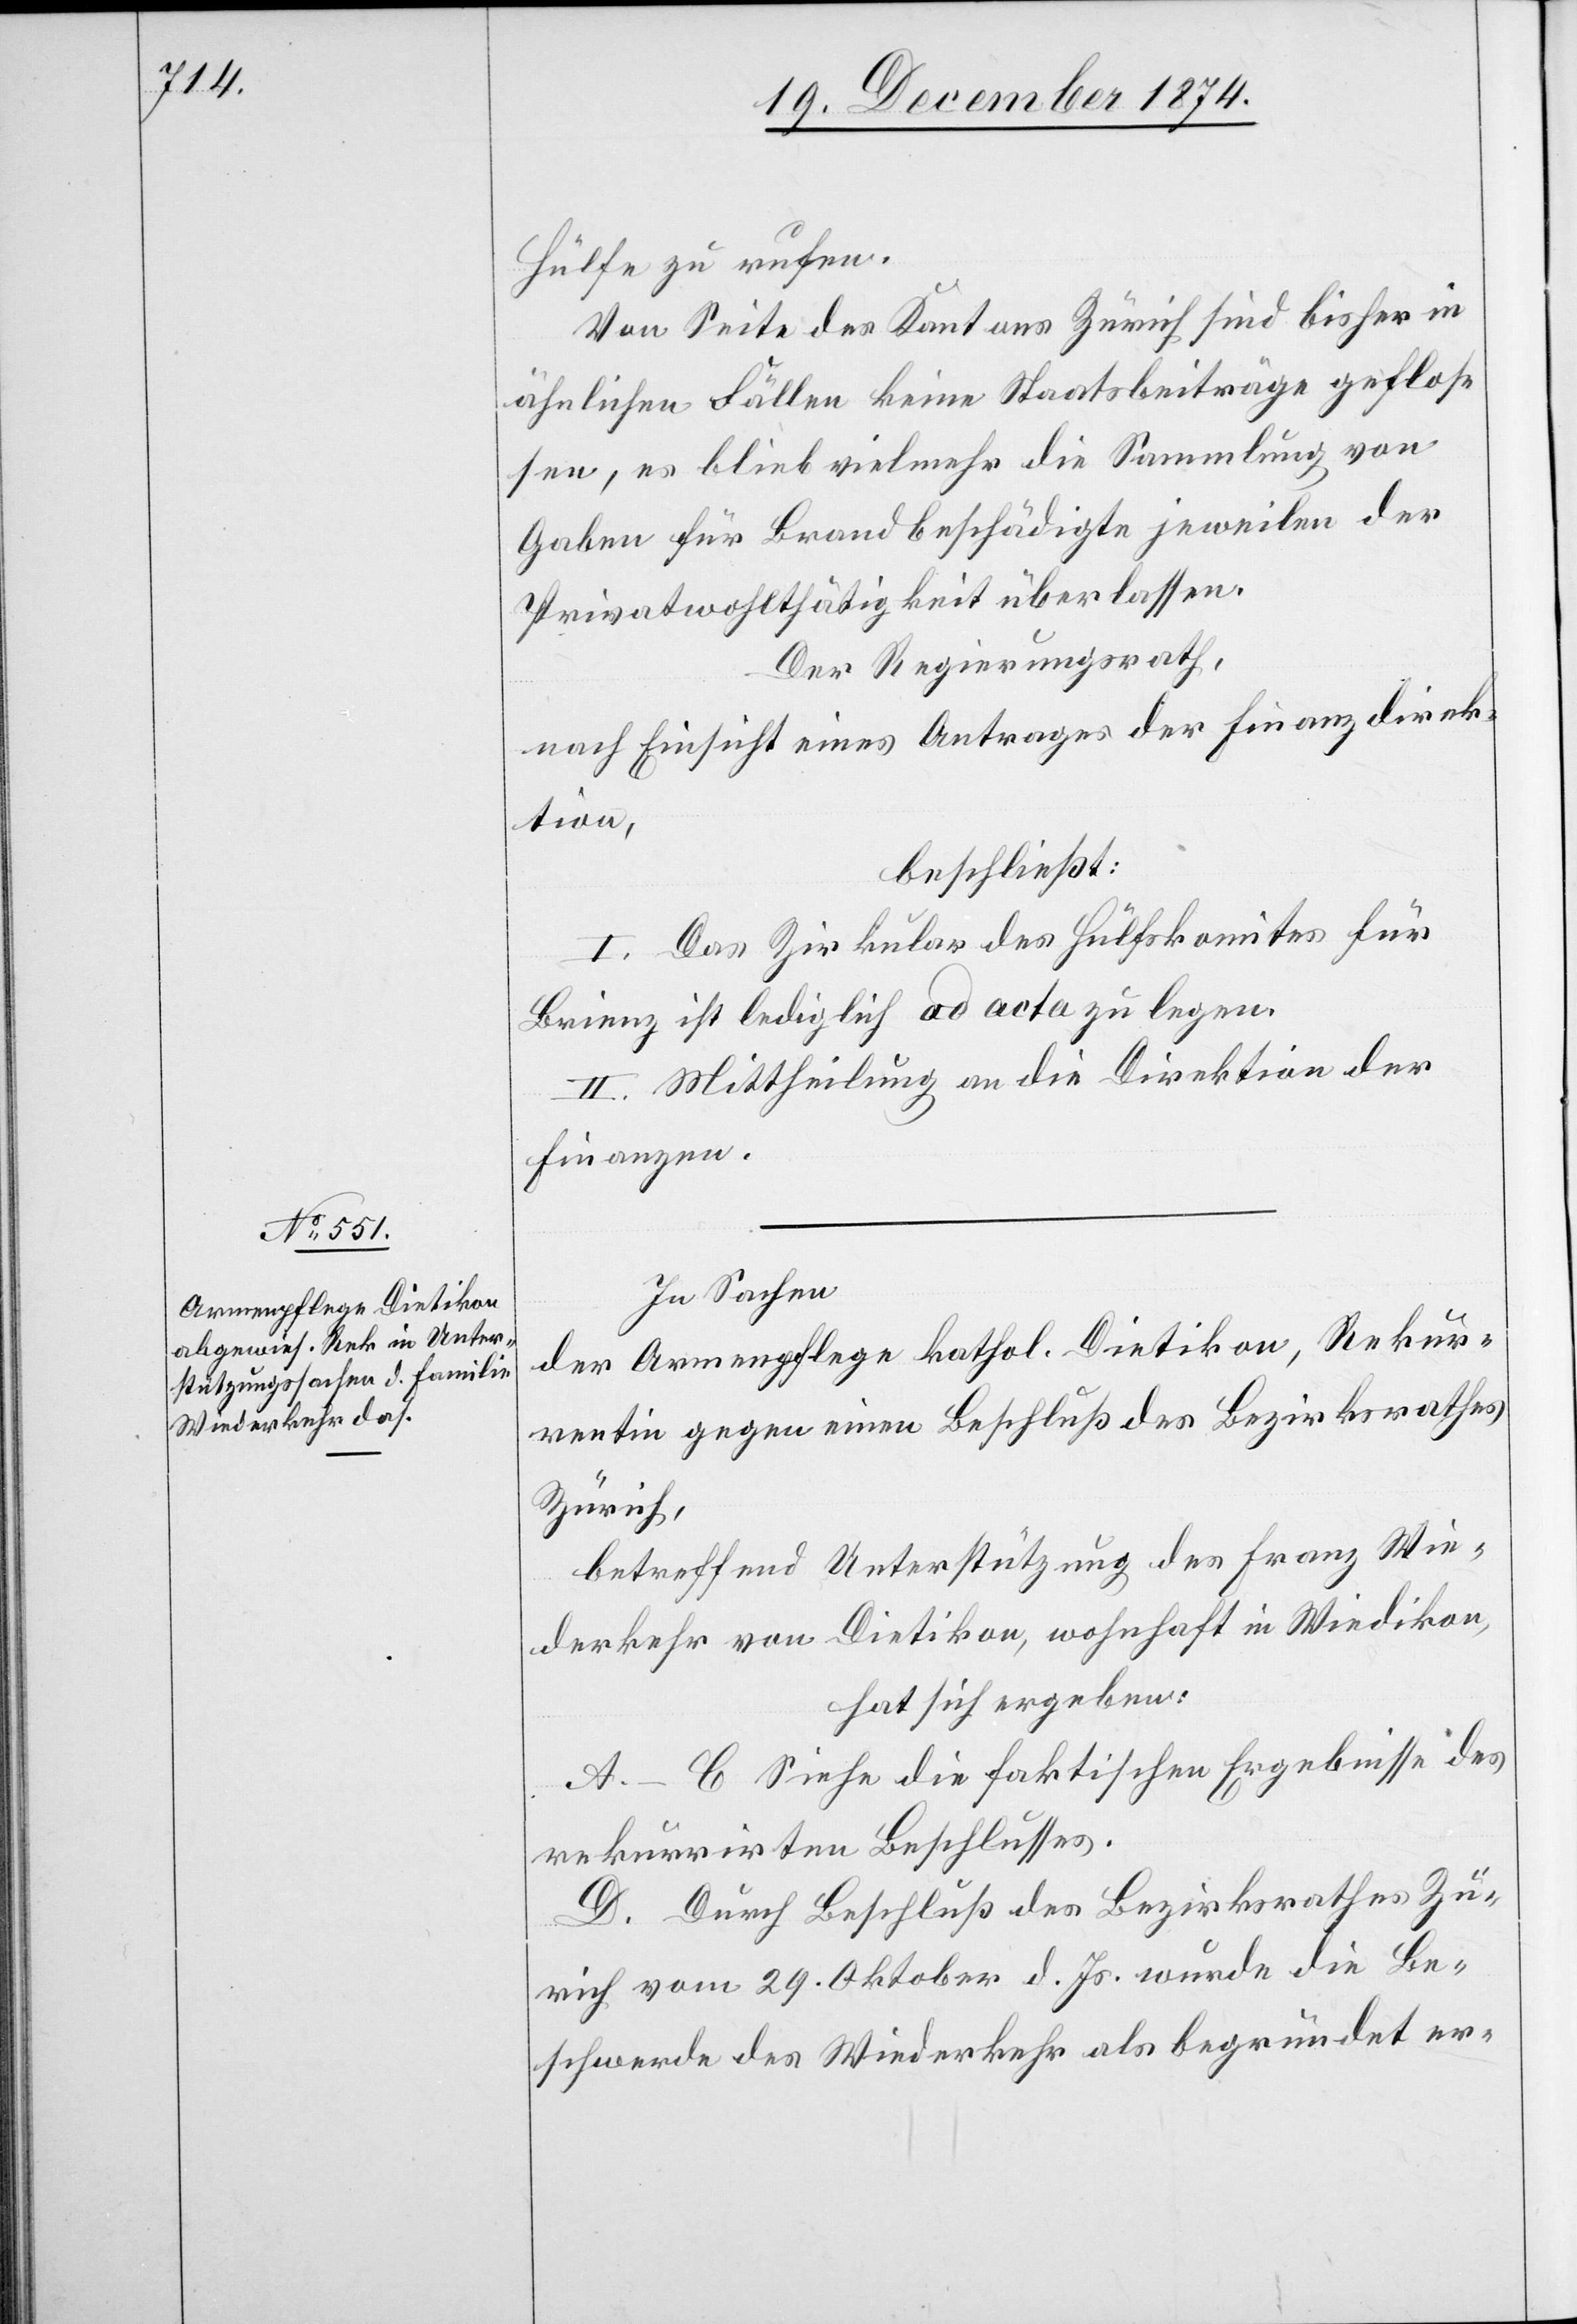
Hülfe zu rufen.
Von Seite des Kantons Zürich sind bisher in
ähnlichen Fällen keine Staatsbeiträge geflos¬
sen, es blieb vielmehr die Sammlung von
Gaben für Brandbeschädigte jeweilen der
Privatwohlthätigkeit überlassen.
Der Regierungsrath,
nach Einsicht eines Antrages der Finanzdirek¬
tion,
beschließt:
I. Das Zirkular des Hülfskomites für
Brienz ist lediglich ad acta zu legen.
II. Mittheilung an die Direktion der
Finanzen.
In Sachen
der Armenpflege kathol. Dietikon, Rekur¬
rentin gegen einen Beschluß des Bezirksrathes
Zürich,
betreffend Unterstützung des Franz Wie¬
derkehr von Dietikon, wohnhaft in Wiedikon,
hat sich ergeben:
A.–C. Siehe die faktischen Ergebnisse des
rekurrirten Beschlusses.
D. Durch Beschluß des Bezirksrathes Zü¬
rich vom 29. Oktober d. Js. wurde die Be¬
schwerde des Wiederkehr als begründet er-